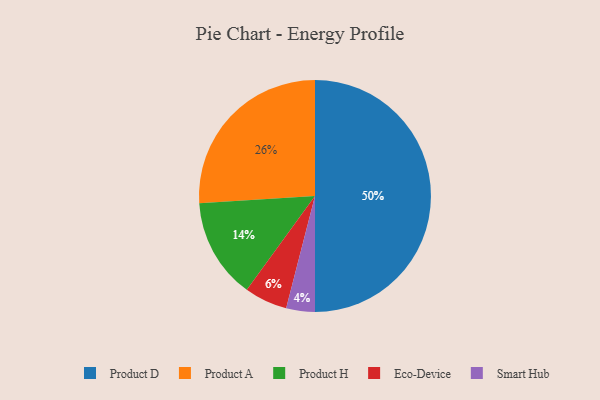
{"axis": {"x": "Category", "y": "Percentage"}, "legend": ["Eco-Device", "Product A", "Product D", "Product H", "Smart Hub"], "data": [{"x": "Product A", "y": 26, "type": "Product A"}, {"x": "Eco-Device", "y": 6, "type": "Eco-Device"}, {"x": "Smart Hub", "y": 4, "type": "Smart Hub"}, {"x": "Product H", "y": 14, "type": "Product H"}, {"x": "Product D", "y": 50, "type": "Product D"}]}